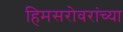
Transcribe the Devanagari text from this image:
हिमसरोवरांच्या